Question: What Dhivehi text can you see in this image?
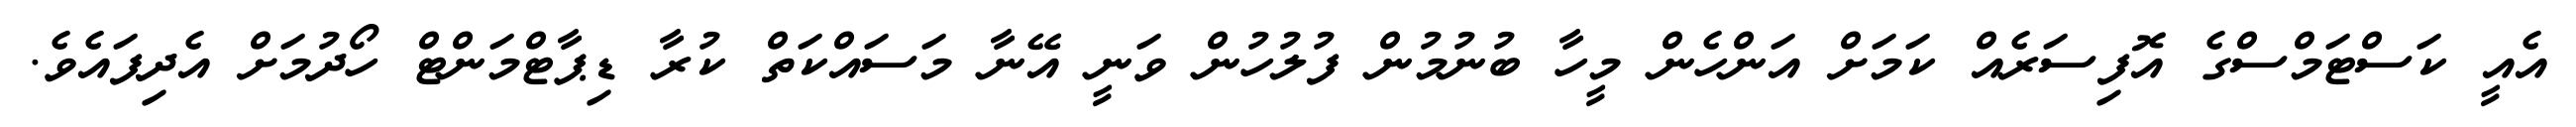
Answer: އެއީ ކަސްޓަމްސްގެ އޮފިސަރެއް ކަމަށް އަންހެން މީހާ ބުނުމުން ފުލުހުން ވަނީ އޭނާ މަސައްކަތް ކުރާ ޑިޕާޓްމަންޓް ހޯދުމަށް އެދިފައެވެ.